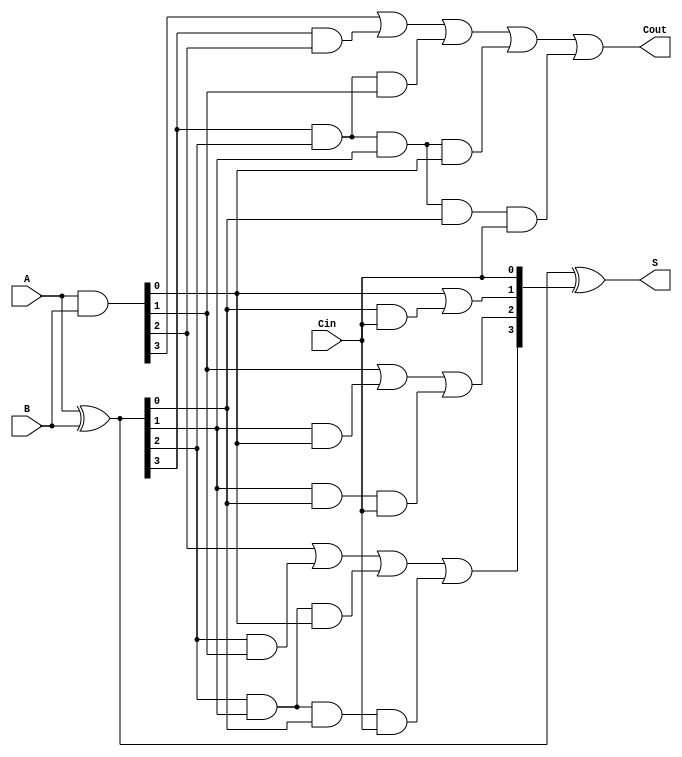
module fourbit_CLA (
    input [3 : 0] A, B,
    input Cin,

    output [3 : 0] S,
    output Cout
);
    wire [3 : 0] G, P, C;

    assign G = A & B;
    assign P = A ^ B;

    assign C[0] = Cin;
    assign C[1] = G[0] | (P[0] & C[0]);
    assign C[2] = G[1] | (P[1] & G[0]) | (P[1] & P[0] & C[0]);
    assign C[3] = G[2] | (P[2] & G[1]) | (P[2] & P[1] & G[0]) | (P[2] & P[1] & P[0] & C[0]);
    
    assign Cout = G[3] | (P[3] & G[2]) | (P[3] & P[2] & G[1]) | (P[3] & P[2] & P[1] & G[0]) |(P[3] & P[2] & P[1] & P[0] & C[0]);
    assign S = P ^ C;
    
    assign PG = P[3] & P[2] & P[1] & P[0];
    assign GG = G[3] | (P[3] & G[2]) | (P[3] & P[2] & G[1]) | (P[3] & P[2] & P[1] & G[0]);
endmodule